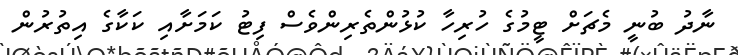
ނާދު ބުނީ މެޗަށް ޓީމުގެ ހުރިހާ ކުޅުންތެރިންވެސް ފިޓު ކަމަށާއި ކަކާގެ އިތުރުން